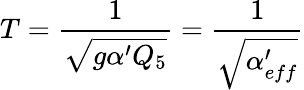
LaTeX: T={\frac{1}{\sqrt{g\alpha^{\prime}Q_{5}}}}={\frac{1}{\sqrt{\alpha_{eff}^{\prime}}}}